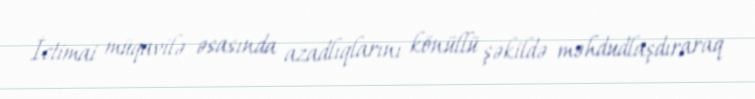
İctimai müqavilə əsasında azadlıqlarını könüllü şəkildə məhdudlaşdıraraq